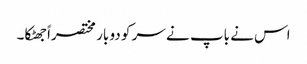
اس نے باپ نے سر کو دو بار مختصراً جھٹکا۔